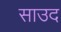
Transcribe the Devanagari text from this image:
साउद